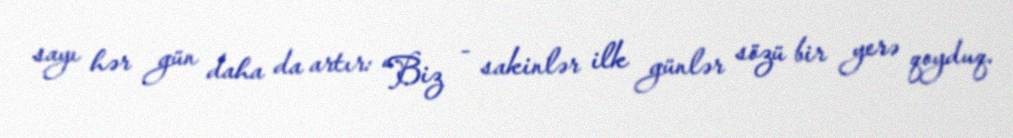
sayı hər gün daha da artır: “Biz - sakinlər ilk günlər sözü bir yerə qoyduq.